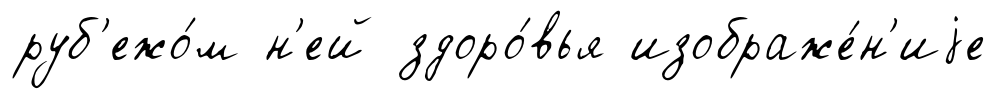
руб'ежо́м н'ей здоро́вья изображе́н'иjе